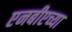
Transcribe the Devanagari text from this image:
एनबीएच्या